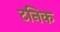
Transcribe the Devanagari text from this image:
टनिक